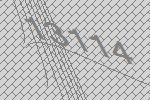
13114